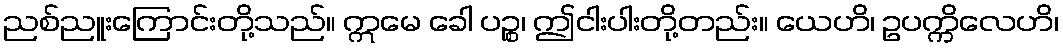
ညစ်ညူးကြောင်းတို့သည်။ ဣမေ ခေါ ပဉ္စ၊ ဤငါးပါးတို့တည်း။ ယေဟိ၊ ဥပက္ကိလေဟိ၊